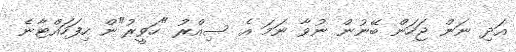
އަދި ނަން ޖަހަން ބޭނުން ނުވާ ނަމަ އެ ސިއްރު "ހަވީރު"ން ހިފަހައްޓާނެ